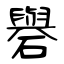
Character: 礜